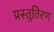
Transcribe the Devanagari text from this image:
प्रस्तुतिरण